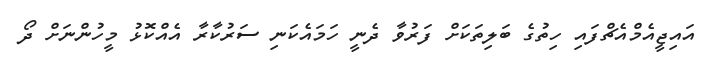
އައިޖީއެމްއެޗްފައި ހިތުގެ ބަލިތަކަށް ފަރުވާ ދެނީ ހަމައެކަނި ސަރުކާރާ އެއްކޮޅު މީހުންނަށް ދޯ